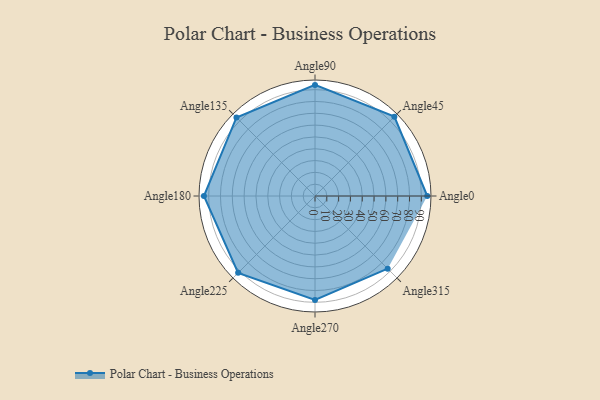
{"axis": {"x": "Angle", "y": "Radius"}, "legend": [""], "data": [{"x": "Angle0", "y": 95.0, "type": ""}, {"x": "Angle45", "y": 95.0, "type": ""}, {"x": "Angle90", "y": 94.0, "type": ""}, {"x": "Angle135", "y": 94.0, "type": ""}, {"x": "Angle180", "y": 94.0, "type": ""}, {"x": "Angle225", "y": 92.0, "type": ""}, {"x": "Angle270", "y": 88.0, "type": ""}, {"x": "Angle315", "y": 87.0, "type": ""}]}